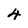
Character: 4